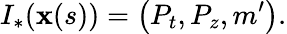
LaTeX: I_{\ast}(\mathbf{x}(s))=\left(P_{t},P_{z},m^{\prime}\right).